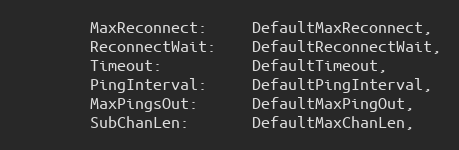
Language: Go
		MaxReconnect:     DefaultMaxReconnect,
		ReconnectWait:    DefaultReconnectWait,
		Timeout:          DefaultTimeout,
		PingInterval:     DefaultPingInterval,
		MaxPingsOut:      DefaultMaxPingOut,
		SubChanLen:       DefaultMaxChanLen,